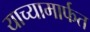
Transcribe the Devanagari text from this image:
याच्यामार्फत